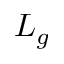
L _ { g }